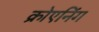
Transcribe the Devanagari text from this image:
क्रोएनिंग